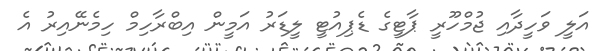
އަލީ ވަހީދާއި ޖުމްހޫރީ ޕާޓީގެ ޑެޕިއުޓީ ލީޑަރު އަމީން އިބްރާހިމް ހިމެނޭއިރު އެ